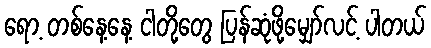
ရော့ တစ်နေ့နေ့ ငါတို့တွေ ပြန်ဆုံဖို့မျှော်လင့် ပါတယ်